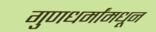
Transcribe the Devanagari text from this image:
गुणधर्मांमधून